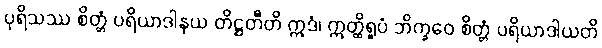
ပုရိသဿ စိတ္တံ ပရိယာဒါနယ တိဋ္ဌတီတိ ဣဒံ၊ ဣတ္ထိရူပံ ဘိက္ခဝေ စိတ္တံ ပရိယာဒါယတိ